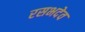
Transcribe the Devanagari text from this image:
रसभदेव